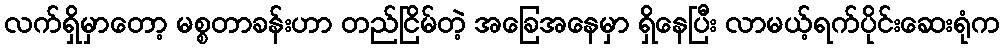
လက်ရှိမှာတော့ မစ္စတာခန်းဟာ တည်ငြိမ်တဲ့ အခြေအနေမှာ ရှိနေပြီး လာမယ့်ရက်ပိုင်းဆေးရုံက